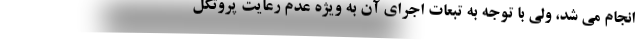
انجام می شد، ولی با توجه به تبعات اجرای آن به ویژه عدم رعایت پروتکل